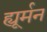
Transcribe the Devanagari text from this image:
ह्यूर्मन